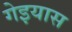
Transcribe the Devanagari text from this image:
गेइयास